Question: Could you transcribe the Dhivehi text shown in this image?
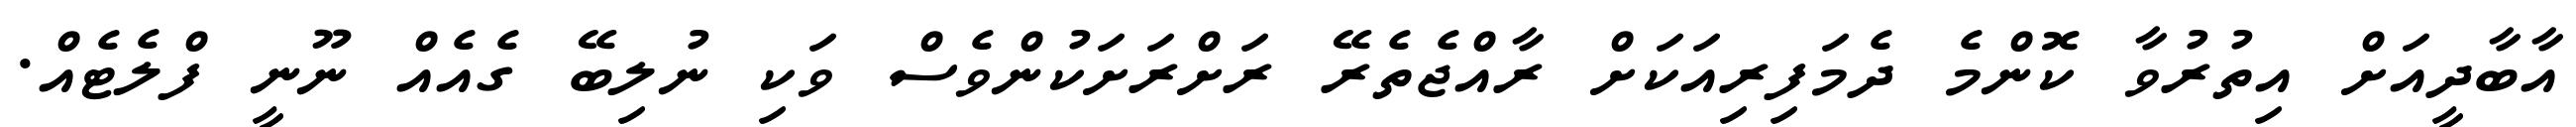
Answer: އާބާދީއަށް އިތުރުވާ ކޮންމެ ދެމަފިރިއަކަށް ރާއްޖެތެރޭ ރަށްރަށަކުންވެސް ވަކި ނުލިބޭ ގެއެއް ނޫނީ ފްލެޓެއް.